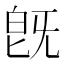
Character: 旣